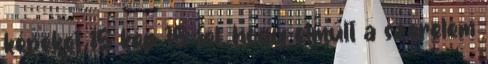
képeket 15 kép 15 jel, hogy elmúlt a szerelem